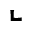
\llcorner